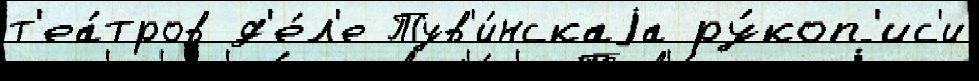
т'еа́тров д'е́л'е Тув'и́нскаjа ру́коп'ис'и